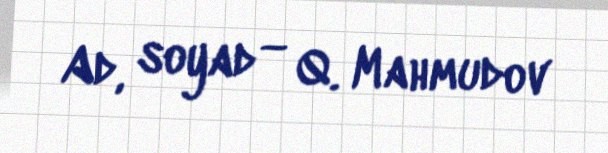
Ad, soyad — Q. Mahmudov